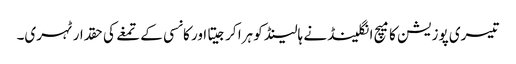
تیسری پوزیشن کا میچ انگلینڈ نے ہالینڈ کو ہرا کرجیتا اور کانسی کے تمغے کی حقدار ٹہری۔